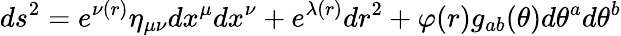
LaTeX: ds^{2}=e^{\nu(r)}\eta_{\mu\nu}dx^{\mu}dx^{\nu}+e^{\lambda(r)}dr^{2}+\varphi(r)g_{ab}(\theta)d\theta^{a}d\theta^{b}